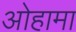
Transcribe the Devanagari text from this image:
ओहामा